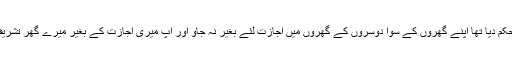
اللہ نے حکم دیا تھا اپنے گھروں کے سوا دوسروں کے گھروں میں اجازت لئے بغیر نہ جاؤ اور آپ میری اجازت کے بغیر میرے گھر تشریف لائے۔